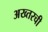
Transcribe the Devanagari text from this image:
अख्तरची